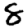
Digit: 8